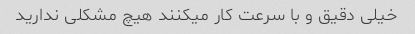
خیلی دقیق و با سرعت کار میکنند هیچ مشکلی ندارید